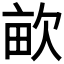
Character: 𣢿